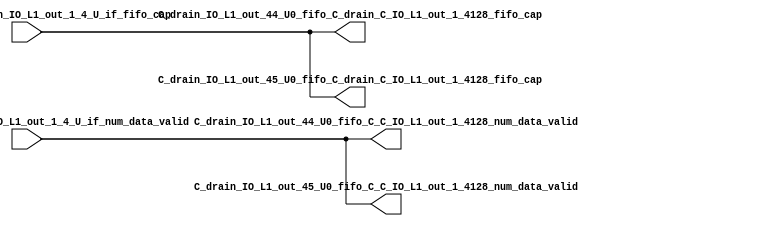
// ==================================================
// RTL generated by RapidStream
//
// Copyright 2024 RapidStream Design Automation, Inc.
// All Rights Reserved.
// ==================================================
`timescale 1 ns / 1 ps
module __rs_kernel3_aux_split_aux_87 #(
    parameter C_S_AXI_CONTROL_DATA_WIDTH  = 32,
    parameter C_S_AXI_CONTROL_ADDR_WIDTH  = 6,
    parameter C_S_AXI_DATA_WIDTH          = 32,
    parameter C_M_AXI_GMEM_A_ID_WIDTH     = 1,
    parameter C_M_AXI_GMEM_A_ADDR_WIDTH   = 64,
    parameter C_M_AXI_GMEM_A_DATA_WIDTH   = 512,
    parameter C_M_AXI_GMEM_A_AWUSER_WIDTH = 1,
    parameter C_M_AXI_GMEM_A_ARUSER_WIDTH = 1,
    parameter C_M_AXI_GMEM_A_WUSER_WIDTH  = 1,
    parameter C_M_AXI_GMEM_A_RUSER_WIDTH  = 1,
    parameter C_M_AXI_GMEM_A_BUSER_WIDTH  = 1,
    parameter C_M_AXI_GMEM_A_USER_VALUE   = 0,
    parameter C_M_AXI_GMEM_A_PROT_VALUE   = 0,
    parameter C_M_AXI_GMEM_A_CACHE_VALUE  = 3,
    parameter C_M_AXI_DATA_WIDTH          = 32,
    parameter C_M_AXI_GMEM_B_ID_WIDTH     = 1,
    parameter C_M_AXI_GMEM_B_ADDR_WIDTH   = 64,
    parameter C_M_AXI_GMEM_B_DATA_WIDTH   = 512,
    parameter C_M_AXI_GMEM_B_AWUSER_WIDTH = 1,
    parameter C_M_AXI_GMEM_B_ARUSER_WIDTH = 1,
    parameter C_M_AXI_GMEM_B_WUSER_WIDTH  = 1,
    parameter C_M_AXI_GMEM_B_RUSER_WIDTH  = 1,
    parameter C_M_AXI_GMEM_B_BUSER_WIDTH  = 1,
    parameter C_M_AXI_GMEM_B_USER_VALUE   = 0,
    parameter C_M_AXI_GMEM_B_PROT_VALUE   = 0,
    parameter C_M_AXI_GMEM_B_CACHE_VALUE  = 3,
    parameter C_M_AXI_GMEM_C_ID_WIDTH     = 1,
    parameter C_M_AXI_GMEM_C_ADDR_WIDTH   = 64,
    parameter C_M_AXI_GMEM_C_DATA_WIDTH   = 512,
    parameter C_M_AXI_GMEM_C_AWUSER_WIDTH = 1,
    parameter C_M_AXI_GMEM_C_ARUSER_WIDTH = 1,
    parameter C_M_AXI_GMEM_C_WUSER_WIDTH  = 1,
    parameter C_M_AXI_GMEM_C_RUSER_WIDTH  = 1,
    parameter C_M_AXI_GMEM_C_BUSER_WIDTH  = 1,
    parameter C_M_AXI_GMEM_C_USER_VALUE   = 0,
    parameter C_M_AXI_GMEM_C_PROT_VALUE   = 0,
    parameter C_M_AXI_GMEM_C_CACHE_VALUE  = 3,
    parameter C_S_AXI_CONTROL_WSTRB_WIDTH = 4,
    parameter C_S_AXI_WSTRB_WIDTH         = 4,
    parameter C_M_AXI_GMEM_A_WSTRB_WIDTH  = 64,
    parameter C_M_AXI_WSTRB_WIDTH         = 4,
    parameter C_M_AXI_GMEM_B_WSTRB_WIDTH  = 64,
    parameter C_M_AXI_GMEM_C_WSTRB_WIDTH  = 64
) (
    output wire [1:0] C_drain_IO_L1_out_44_U0_fifo_C_C_IO_L1_out_1_4128_num_data_valid,
    output wire [1:0] C_drain_IO_L1_out_44_U0_fifo_C_drain_C_IO_L1_out_1_4128_fifo_cap,
    output wire [1:0] C_drain_IO_L1_out_45_U0_fifo_C_C_IO_L1_out_1_4128_num_data_valid,
    output wire [1:0] C_drain_IO_L1_out_45_U0_fifo_C_drain_C_IO_L1_out_1_4128_fifo_cap,
    input wire  [1:0] fifo_C_drain_C_drain_IO_L1_out_1_4_U_if_fifo_cap,
    input wire  [1:0] fifo_C_drain_C_drain_IO_L1_out_1_4_U_if_num_data_valid
);
assign C_drain_IO_L1_out_44_U0_fifo_C_C_IO_L1_out_1_4128_num_data_valid = fifo_C_drain_C_drain_IO_L1_out_1_4_U_if_num_data_valid;
assign C_drain_IO_L1_out_44_U0_fifo_C_drain_C_IO_L1_out_1_4128_fifo_cap = fifo_C_drain_C_drain_IO_L1_out_1_4_U_if_fifo_cap;
assign C_drain_IO_L1_out_45_U0_fifo_C_C_IO_L1_out_1_4128_num_data_valid = fifo_C_drain_C_drain_IO_L1_out_1_4_U_if_num_data_valid;
assign C_drain_IO_L1_out_45_U0_fifo_C_drain_C_IO_L1_out_1_4128_fifo_cap = fifo_C_drain_C_drain_IO_L1_out_1_4_U_if_fifo_cap;
endmodule